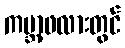
ကမ္ဘာ့ဖလားတွင်